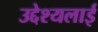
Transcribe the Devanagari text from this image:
उद्देश्यलाई